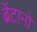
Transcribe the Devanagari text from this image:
ब्रेंटानो